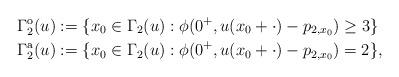
LaTeX: \begin{align*} \Gamma_2^{\mathrm{o}}(u) &:= \{x_0 \in \Gamma_2(u) : \phi(0^+, u(x_0+\cdot)-p_{2,x_0}) \geq 3\}\\ \Gamma_2^{\mathrm{a}}(u) &:= \{x_0 \in \Gamma_2(u) : \phi(0^+, u(x_0+\cdot)-p_{2,x_0}) = 2\}, \end{align*}